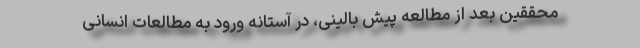
محققین بعد از مطالعه پیش بالینی، در آستانه ورود به مطالعات انسانی